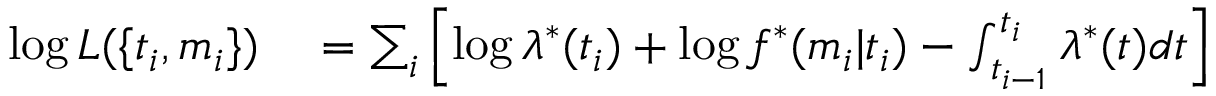
\begin{array} { r l } { \log L ( \{ t _ { i } , m _ { i } \} ) } & { { } = \sum _ { i } \left[ \log \lambda ^ { * } ( t _ { i } ) + \log f ^ { * } ( m _ { i } | t _ { i } ) - \int _ { t _ { i - 1 } } ^ { t _ { i } } \lambda ^ { * } ( t ) d t \right] } \end{array}